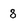
Character: 8